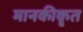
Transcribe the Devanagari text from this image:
मानकीकॄत